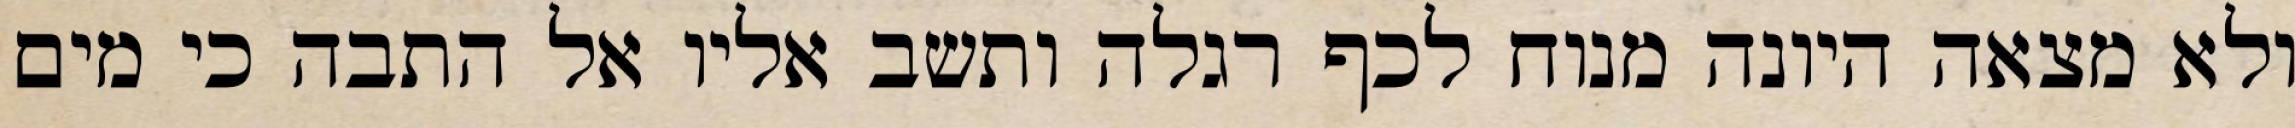
ולא מצאה היונה מנוח לכף רגלה ותשב אליו אל התבה כי מים